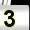
Digit: 3